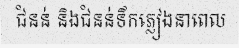
ជំនន់ និងជំនន់ទឹកភ្លៀងនាពេល